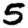
Digit: 5